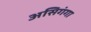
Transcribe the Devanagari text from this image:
असिगंगा